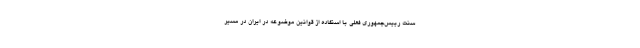
سنت رييس‌جمهوري فعلي با استفاده از قوانين موضوعه در ايران در مسير